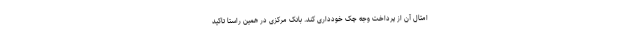
امثال آن از پرداخت وجه چک خودداری کند. بانک مرکزی در همین راستا تاکید